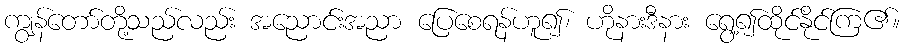
ကျွန်တော်တို့သည်လည်း အညောင်းအညာ ပြေစေရန်ဟူ၍၊ ဟိုနားဒီနား ရွေ့၍ထိုင်နိုင်ကြ၏။